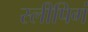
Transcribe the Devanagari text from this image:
स्लीपिगं